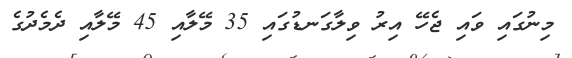
މިނުގައި ވައި ޖެހޭ އިރު ވިލާގަނޑުގައި 35 މޭލާއި 45 މޭލާއި ދެމެދުގެ